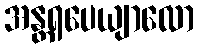
အန္တရပေယျာလော